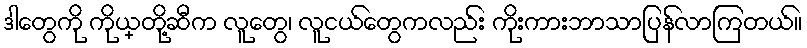
ဒါတွေကို ကိုယ္တို့ဆီက လူတွေ၊ လူငယ်တွေကလည်း ကိုးကားဘာသာပြန်လာကြတယ်။